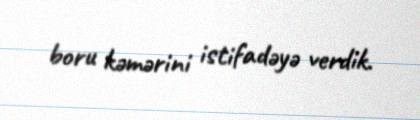
boru kəmərini istifadəyə verdik.